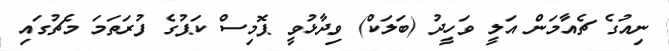
ނިއުގެ ޗެއާމަން އަލީ ވަހީދު (ބަލަކް) ވިދާޅުވީ ޕޮމިސް ކަޕުގެ ފުރަތަމަ މެޗުގައި